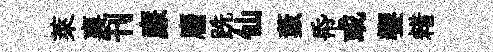
萊襄刊亷麕跣仙藪帋或饗耤